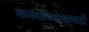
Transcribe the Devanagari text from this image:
मानवाधिकारासाठी